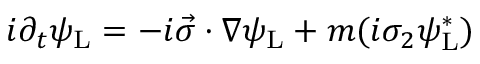
i \partial _ { t } \psi _ { \mathrm { { L } } } = - i { \vec { \sigma } } \cdot \nabla \psi _ { \mathrm { { L } } } + m ( i \sigma _ { 2 } \psi _ { \mathrm { { L } } } ^ { * } )